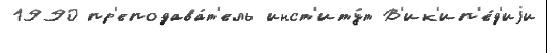
1990 пр'еподава́т'ель инст'иту́т В'ик'ип'е́д'иjи